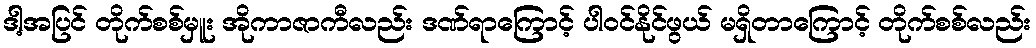
ဒါ့အပြင် တိုက်စစ်မှူး အိုကာဇာကီလည်း ဒဏ်ရာကြောင့် ပါဝင်နိုင်ဖွယ် မရှိတာကြောင့် တိုက်စစ်လည်း